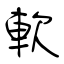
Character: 軟